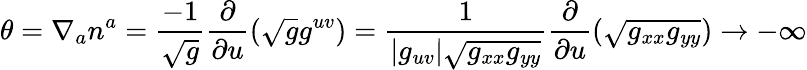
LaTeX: \theta=\nabla_{a}n^{a}={\frac{-1}{\sqrt{g}}}{\frac{\partial}{\partial u}}{(\sqrt{g}g^{uv})}={\frac{1}{|g_{uv}|\sqrt{g_{xx}g_{yy}}}}{\frac{\partial}{\partial u}}{(\sqrt{g_{xx}g_{yy}})}\to-\infty